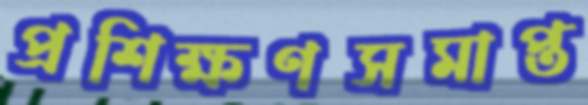
প্রশিক্ষণসমাপ্ত